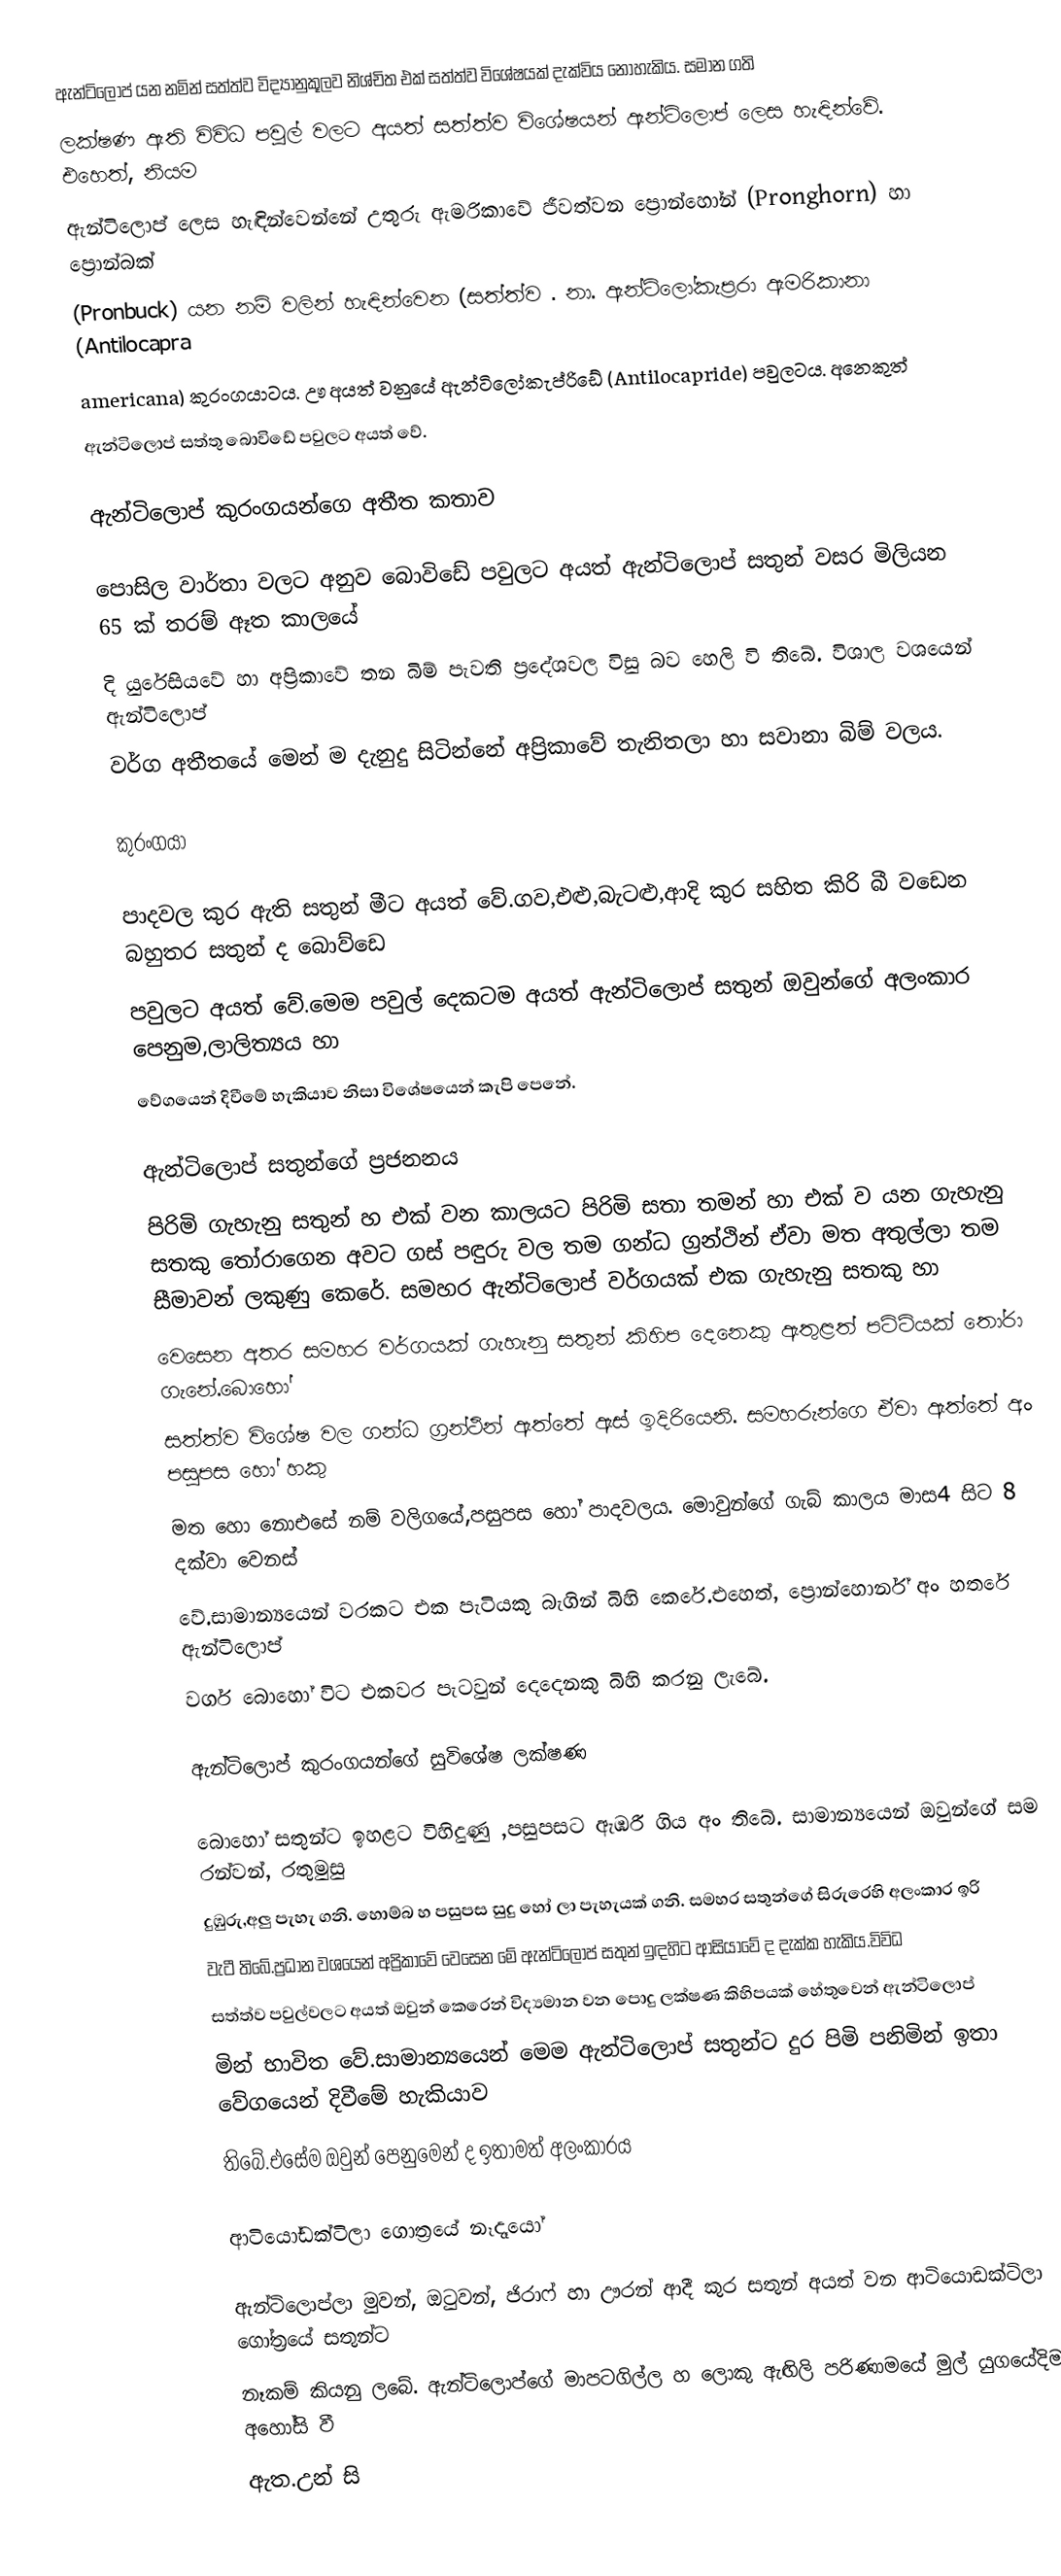
ඇන්ටිලොප් යන නමින් සත්ත්ව විද්‍යානුකූලව නිශ්චිත එක් සත්ත්ව විශේෂයක් දැක්විය නොහැකිය. සමාන ගති
ලක්ෂණ ඇති විවිධ පවුල් වලට අයත් සත්ත්ව විශේෂයන් ඇන්ටිලොප් ලෙස හැඳින්වේ. එහෙත්, නියම
ඇන්ටිලොප් ලෙස හැඳින්වෙන්නේ උතුරු ඇමරිකාවේ ජීවත්වන ප්‍රොන්හෝන් (Pronghorn) හා ප්‍රොන්බක්
(Pronbuck) යන නම් වලින් හැඳින්වෙන (සත්ත්ව . නා. ඇන්ටිලෝකැප්‍රරා ඇමරිකානා (Antilocapra
americana) කුරංගයාටය. ඌ අයත් වනු‍යේ ඇන්ටිලෝකැප්රිඩේ (Antilocapride) පවුලටය. අනෙකුත්
ඇන්ටිලොප් සත්තු බොවිඩේ පවුලට අයත් වේ.

ඇන්ටිලොප් කුරංගයන්ගෙ අතීත කතාව

පොසිල වාර්තා වලට අනුව බොවිඩේ පවුලට අයත් ඇන්ටිලොප් සතුන් වසර මිලියන 65 ක් තරම් ඈත කාලයේ
දි යුරේසියවේ හා අප්‍රිකාවේ තන බිම් පැවති ප්‍රදේශවල විසු බව හෙලි වි ති‍බේ. විශාල වශයෙන් ඇන්ටිලොප්
වර්ග අතීතයේ මෙන් ම දැනුදු සිටින්නේ අප්‍රිකාවේ තැනිතලා හා සවානා බිම් වලය.

කුරංගයා

පාදවල කුර ඇති සතුන් මීට අයත් වේ.ගව,එළු,බැටළු,ආදි කුර සහිත කිරි බී වඩෙන බහුතර සතුන් ද බොව්ඩෙ
පවුලට අයත් වේ.මෙම පවුල් දෙකටම අයත් ඇන්ටිලොප් සතුන් ඔවුන්ගේ අලංකාර පෙනුම,ලාලිත්‍යය හා
වේගයෙන් දිවීමේ හැකියාව නිසා වි‍ශේෂයෙන් කැපි පෙ‍නේ.

ඇන්ටිලොප් සතුන්ගේ ප්‍රජනනය
පිරිමි ගැහැනු සතුන් හ එක් වන කාලයට පිරිමි සතා තමන් හා එක් ව යන ගැහැනු සතකු තෝරාගෙන අවට ගස් පඳුරු වල තම ගන්ධ ග්‍රන්ථින් ඒවා මත අතුල්ලා තම සීමාවන් ලකුණු කෙරේ. සමහර ඇන්ටිලොප් වර්ගයක් එක ගැහැනු සතකු හා
වෙසෙන අතර සමහර වර්ගයක් ගැහැනු සතුන් කිහිප දෙනෙකු ඇතුළත් පට්ටියක් තෝරා ගැනේ.බොහෝ
සත්ත්ව විශේෂ වල ගන්ධ ග්‍රන්ථින් ඇත්තේ ඇස් ඉදිරියෙනි. සමහරුන්ගෙ ඒවා ඇත්තේ අං පසුපස හෝ හකු
මත හො නොඑසේ නම් වලිග‍යේ,පසුපස හෝ පාදවලය. මොවුන්ගේ ගැබ් කාලය මාස4 සිට 8 දක්වා වෙනස්
වේ.සාමාන්‍යයෙන් වරකට එක පැටියකු බැගින් බිහි කෙරේ.එහෙත්, ප්‍රොන්හොර්න් අං හතරේ ඇන්ටිලොප්
වර්ග බොහෝ විට එකවර පැටවුන් දෙදෙනකු බිහි කරනු ලැබේ.

ඇන්ටිලොප් කුරංගයන්ගේ සුවිශේෂ ලක්ෂණ

බොහෝ සතුන්ට ඉහළට විහිදුණු ,පසුපසට ඇඹරී ගිය අං තිබේ. සාමාන්‍යයෙන් ඔවුන්ගේ සම රන්වන්, රතුමුසු
දුඹුරු,අලු පැහැ ගනි. හොම්බ හ පසුපස සුදු හෝ ලා පැහැයක් ගනි. සමහර සතුන්ගේ සිරුරෙහි අලංකාර ඉරි
වැටී තිබේ.ප්‍රධාන වශයෙන් අප්‍රිකා‍වේ වෙසෙන මේ ඇන්ටිලොප් සතුන් ඉඳහිට ආසියාවේ ද දැක්ක හැකිය.විවිධ
සත්ත්ව පවුල්වලට අයත් ඔවුන් කෙරෙන් විද්‍යමාන වන පොදු ලක්ෂණ කිහිපයක් හේතුවෙන් ඇන්ටිලොප්
මින් භාවිත ‍වේ.සාමාන්‍යයෙන් මෙම ඇන්ටිලොප් සතුන්ට දුර පිමි පනිමින් ඉතා වේගයෙන් දිවීමේ හැකියාව
තිබේ.එසේම ඔවුන් පෙනුමෙන් ද ඉතාමත් අලංකාරය

ආටියෝඩක්ටිලා ගොත්‍ර‍යේ නෑදෑයෝ

ඇන්ටිලොප්ලා මුවන්, ඔටුවන්, ජිරාෆ් හා ඌරන් ආදී කුර සතුන් අයත් වන ආටියොඩක්ටිලා ගෝත්‍රයේ සතුන්ට
නෑකම් කියනු ලබේ. ඇන්ටිලොප්ගේ මාපටගිල්ල හ ලොකු ඇඟිලි පරිණාමයේ මුල් යුගයේදිම අහෝසි වී
ඇත.උන් සි